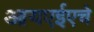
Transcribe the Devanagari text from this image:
आयएईएचे